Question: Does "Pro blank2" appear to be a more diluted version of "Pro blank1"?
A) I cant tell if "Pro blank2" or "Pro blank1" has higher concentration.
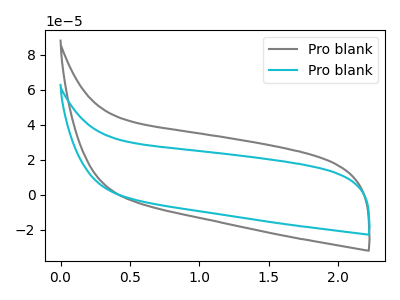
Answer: <think>The gray curve "Pro blank1" has no peaks. The cyan curve "Pro blank2" has no peaks.
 Neither "Pro blank2" or "Pro blank1" have any peaks.</think>
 <answer>A) I cant tell if "Pro blank2" or "Pro blank1" has higher concentration.</answer>
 <eval>A</eval>